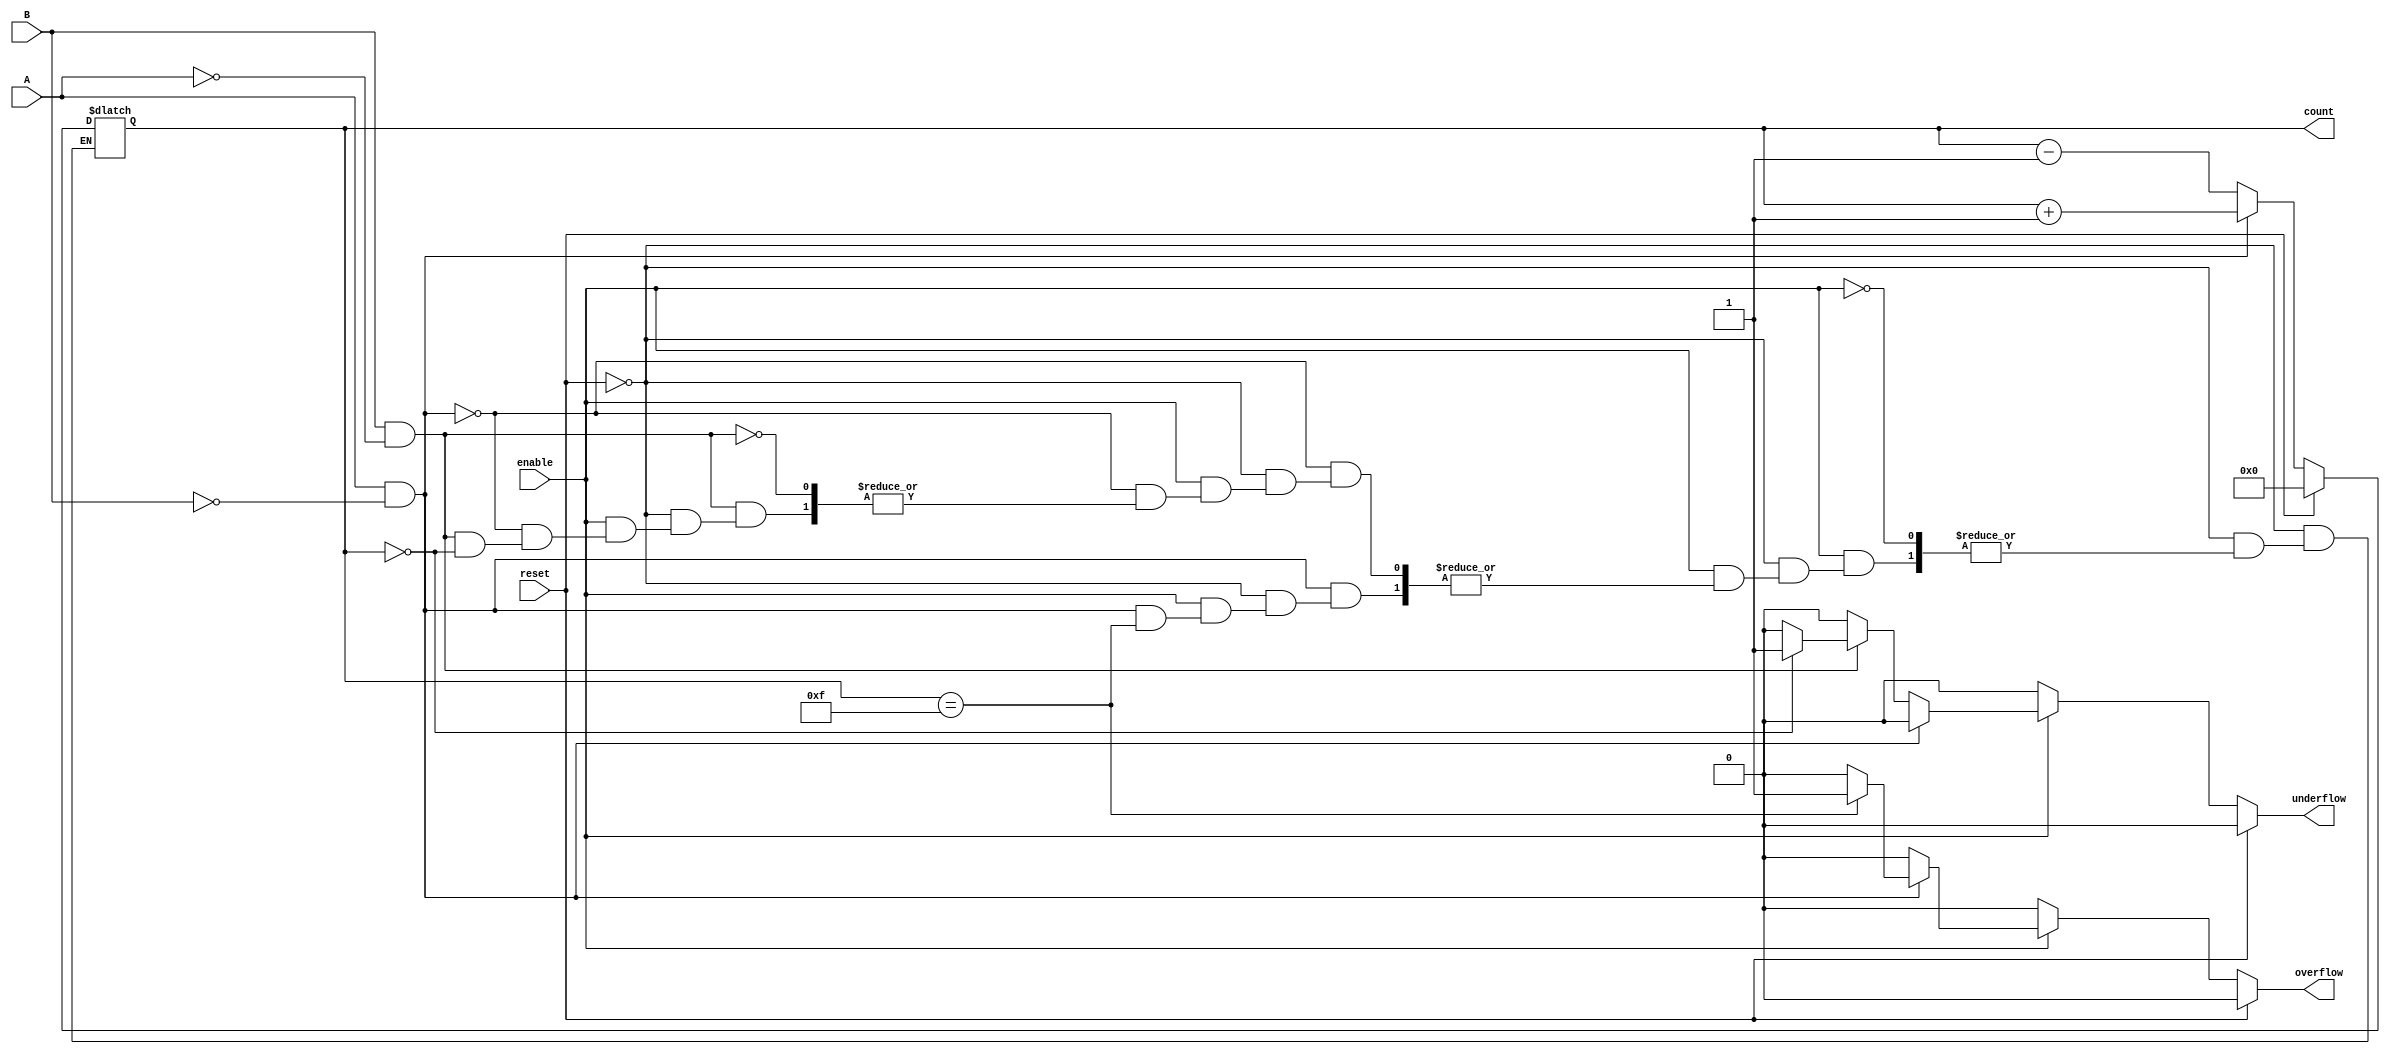
module dynamic_async_counter (
    input wire A,        // Count up signal
    input wire B,        // Count down signal
    input wire reset,    // Asynchronous reset
    input wire enable,    // Enable signal
    output reg [3:0] count, // 4-bit count value
    output reg overflow, // Overflow flag
    output reg underflow // Underflow flag
);

    // Parameter for maximum and minimum count values
    parameter MAX_COUNT = 4'b1111; // 15 in decimal
    parameter MIN_COUNT = 4'b0000; // 0 in decimal

    // Asynchronous reset and counting logic
    always @* begin
        // Default values for overflow and underflow flags
        overflow = 1'b0;
        underflow = 1'b0;

        // Reset the counter
        if (reset) begin
            count = MIN_COUNT; // Reset to zero
        end else if (enable) begin
            // Count up
            if (A && !B) begin
                if (count == MAX_COUNT) begin
                    overflow = 1'b1; // Set overflow flag if max count reached
                end else begin
                    count = count + 1'b1; // Increment count
                end
            // Count down
            end else if (B && !A) begin
                if (count == MIN_COUNT) begin
                    underflow = 1'b1; // Set underflow flag if min count reached
                end else begin
                    count = count - 1'b1; // Decrement count
                end
            end
        end
    end

endmodule